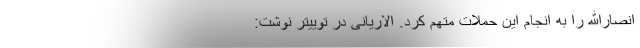
انصارالله را به انجام این حملات متهم کرد. الاریانی در توییتر نوشت: